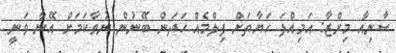
ސާނިއާ މިރްޒާ: އަމިއްލަ ހަޔާތަށް ފިލްމެއް ހަދަން ބޭނުން ނުވާކަމަށް އޭނާ ވަނީ